Civil Veterinary Dept. Bombay admin report 1907-1913 - 1907-1913
Year: 1907
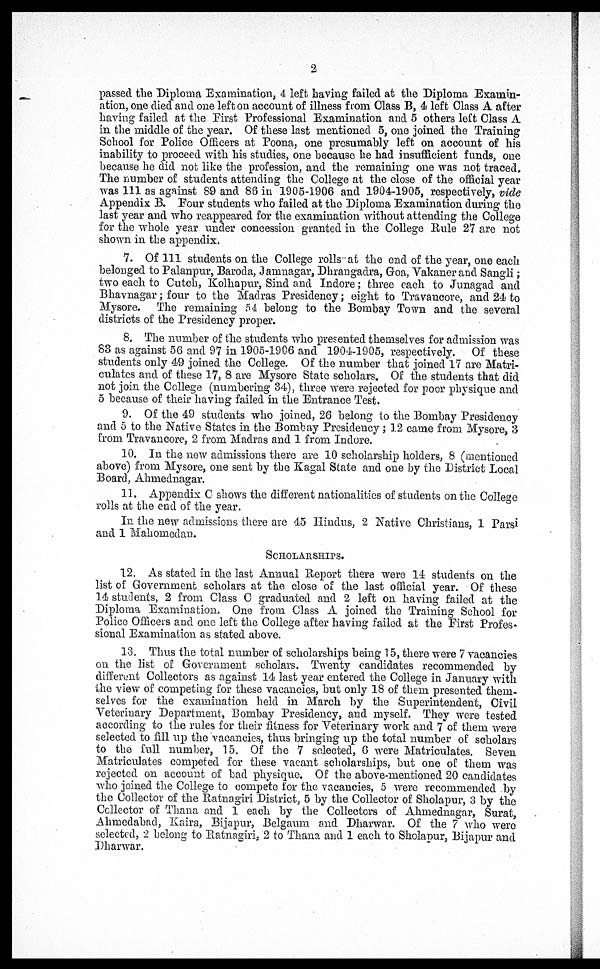
2
passed the Diploma Examination, 4 left having failed at the Diploma Examin-
ation, one died and one left on account of illness from Class B, 4 left Class A after
having failed at the First Professional Examination and 5 others left Class A
in the middle of the year. Of these last mentioned 5, one joined the Training
School for Police Officers at Poona, one presumably left on account of his
inability to proceed with his studies, one because he had insufficient funds, one
because he did not like the profession, and the remaining one was not traced.
The number of students attending the College at the close of the official year
was 111 as against 89 and 88 in 1905-1906 and 1904-1905, respectively, vide
Appendix B. Four students who failed at the Diploma Examination during the
last year and who reappeared for the examination without attending the College
for the whole year under concession granted in the College Rule 27 are not
shown in the appendix,
7. Of 111 students on the College rolls at the end of the year, one each
belonged to Palanpur, Baroda, Jamnagar, Dhrangadra, Goa, Vakaner and Sangli;
two each to Cutch, Kolhapur, Sind and Indore; three each to Junagad and
Bhavnagar; four to the Madras Presidency; eight to Travancore, and 24 to
Mysore. The remaining 54 belong to the Bombay Town and the several
districts of the Presidency proper.
8. The number of the students who presented themselves for admission was
83 as against 56 and 97 in 1905-1906 and 1904-1905, respectively. Of these
students only 49 joined the College. Of the number that joined 17 are Matri-
culates and of these 17, 8 are Mysore State scholars. Of the students that did
not join the College (numbering 34), three were rejected for poor physique and
5 because of their having failed in the Entrance Test.
9. Of the 49 students who joined, 26 belong to the Bombay Presidency
and 5 to the Native States in the Bombay Presidency; 12 came from Mysore, 3
from Travancore, 2 from Madras and 1 from Indore.
10. In the new admissions there are 10 scholarship holders, 8 (mentioned
above) from Mysore, one sent by the Kagal State and one by the District Local
Board, Ahmednagar.
11. Appendix C shows the different nationalities of students on the College
rolls at the end of the year.
In the new admissions there are 45 Hindus, 2 Native Christians, 1 Parsi
and 1 Mahomedan.
SCHOLARSHIPS.
12. As stated in the last Annual Report there were 14 students on the
list of Government scholars at the close of the last official year. Of these
14 students, 2 from Class C graduated and 2 left on having failed at the
Diploma Examination, One from Class A joined the Training School for
Police Officers and one left the College after having failed at the First Profes-
sional Examination as stated above.
13. Thus the total number of scholarships being 15, there were 7 vacancies
on the list of Government scholars. Twenty candidates recommended by
different Collectors as against 14 last year entered the College in January with
the view of competing for these vacancies, but only 18 of them presented them-
selves for the examination held in March by the Superintendent, Civil
Veterinary Department, Bombay Presidency, and myself, They were tested
according to the rules for their fitness for Veterinary work and 7 of them were
selected to fill up the vacancies, thus bringing up the total number of scholars
to the full number, 15. Of the 7 selected, 6 were Matriculates. Seven
Matriculates competed for these vacant scholarships, but one of them was
rejected on account of bad physique. Of the above-mentioned 20 candidates
who joined the College to compete for the vacancies, 5 were recommended by
the Collector of the Ratnagiri District, 5 by the Collector of Sholapur, 3 by the
Collector of Thana and 1 each by the Collectors of Ahmednagar, Surat,
Ahmedabad, Kaira, Bijapur, Belgaum and Dharwar. Of the 7 who were
selected, 2 belong to Ratnagiri, 2 to Thana and 1 each to Sholapur, Bijapur and
Dharwar.